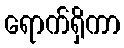
ရောက်ရှိကာ